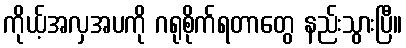
ကိုယ့်အလှအပကို ဂရုစိုက်ရတာတွေ နည်းသွားပြီ။